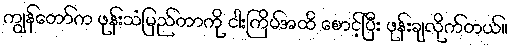
ကျွန်တော်က ဖုန်းသံမြည်တာကို ငါးကြိမ်အထိ စောင့်ပြီး ဖုန်းချလိုက်တယ်။